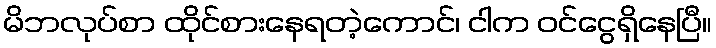
မိဘလုပ်စာ ထိုင်စားနေရတဲ့ကောင်၊ ငါက ဝင်ငွေရှိနေပြီ။